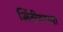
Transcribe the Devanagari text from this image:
भिंतीवरच्या